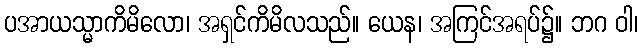
ပအာယသ္မာကိမိလော၊ အရှင်ကိမိလသည်။ ယေန၊ အကြင်အရပ်၌။ ဘဂ ဝါ၊